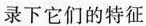
录下它们的特征